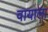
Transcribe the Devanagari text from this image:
वायाला